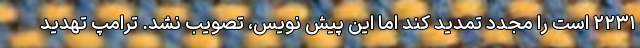
۲۲۳۱ است را مجدد تمدید کند اما این پیش نویس، تصویب نشد. ترامپ تهدید